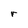
Character: r